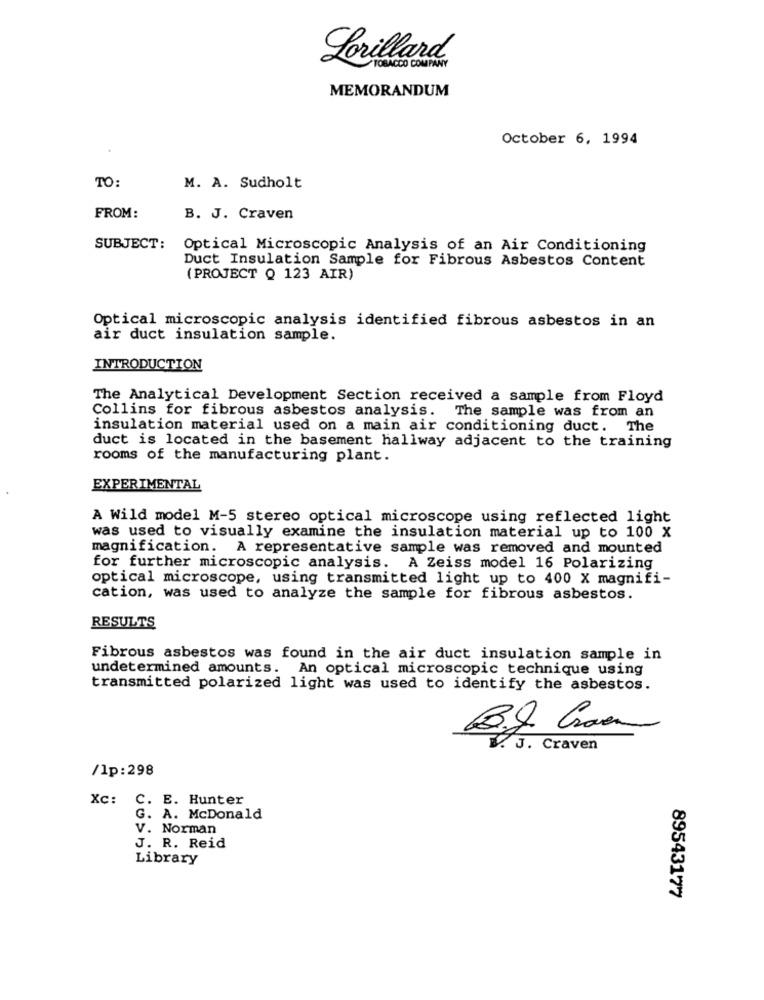
Lorillard
TOBACCO COMPANY
MEMORANDUM
October 6, 1994
TO:
M. A. Sudholt
FROM:
B. J. Craven
SUBJECT:
Optical Microscopic Analysis of an Air Conditioning
Duct Insulation Sample for Fibrous Asbestos Content
(PROJECT Q 123 AIR)
Optical microscopic analysis identified fibrous asbestos in an
air duct insulation sample.
INTRODUCTION
The Analytical Development Section received a sample from Floyd
Collins for fibrous asbestos analysis. The sample was from an
insulation material used on a main air conditioning duct. The
duct is located in the basement hallway adjacent to the training
rooms of the manufacturing plant.
EXPERIMENTAL
A Wild model M-5 stereo optical microscope using reflected light
was used to visually examine the insulation material up to 100 X
magnification. A representative sample was removed and mounted
for further microscopic analysis. A Zeiss model 16 Polarizing
optical microscope, using transmitted light up to 400 X magnifi-
cation, was used to analyze the sample for fibrous asbestos.
RESULTS
Fibrous asbestos was found in the air duct insulation sample in
undetermined amounts. An optical microscopic technique using
transmitted polarized light was used to identify the asbestos.
3. J. Craven
/lp:298
Xc: C. E. Hunter
G. A. McDonald
V. Norman
J. R. Reid
Library
89543177